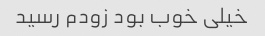
خیلی خوب بود زودم رسید